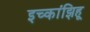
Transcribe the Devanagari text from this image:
इच्कांझिहू